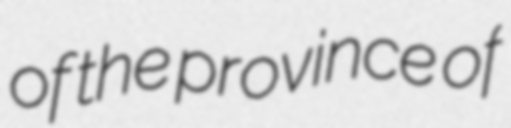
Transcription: of the province of